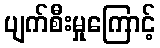
ပျက်စီးမှုကြောင့်